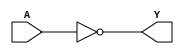
module not_gate(
    input A,
    output Y
);

assign Y = ~A;

endmodule